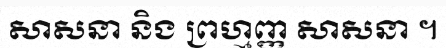
សាសនា និង ព្រហ្មញ្ញ សាសនា ។